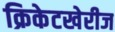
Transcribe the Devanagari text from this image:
क्रिकेटखेरीज